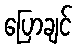
ပြောချင်